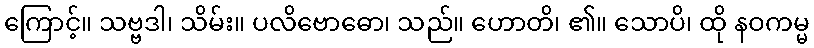
ကြောင့်။ သဗ္ဗဒါ၊ သိမ်း။ ပလိဗောဓော၊ သည်။ ဟောတိ၊ ၏။ သောပိ၊ ထို နဝကမ္မ